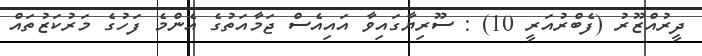
ދީރުއްޒޫރު (ފެބްރުއަރީ 10) : ސޫރިޔާގައިވާ އައިއެސް ޖަމާއަތުގެ އެންމެ ފަހުގެ މަރުކަޒުތައް